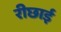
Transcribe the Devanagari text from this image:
रीछाई